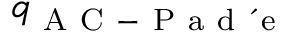
q _ { \mathrm { ~ A ~ C ~ - ~ P ~ a ~ d ~ \' ~ e ~ } } ^ { }